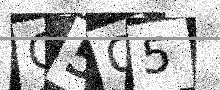
Text: G5Q5